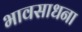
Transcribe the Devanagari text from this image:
भावसाधना